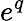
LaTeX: e^{q}